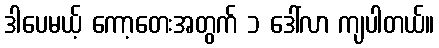
ဒါပေမယ့် ကော့တေးအတွက် ၁ ဒေါ်လာ ကျပါတယ်။